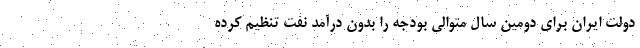
دولت ایران برای دومین سال متوالی بودجه را بدون درآمد نفت تنظیم کرده